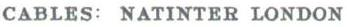
CABLES: NATINTER LONDON